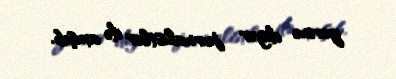
yerinə digər jurnalistlər də axışıb.